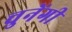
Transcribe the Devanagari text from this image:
चुनेंगी